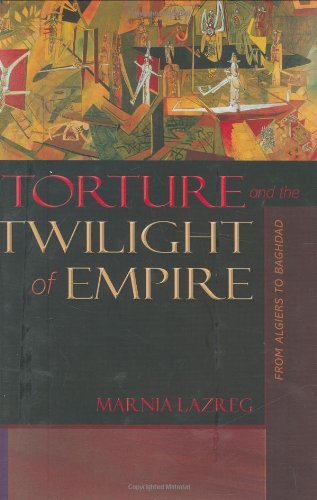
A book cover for Torture and the Twilight of Empire: From Algiers to Baghdad (Human Rights and Crimes against Humanity); Marnia Lazreg; History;